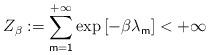
LaTeX: \begin{align*}Z_{\beta }:=\sum_{\mathsf{m=1}}^{\mathsf{+\infty }}\exp \left[ -\beta\lambda _{\mathsf{m}}\right] <+\infty \end{align*}